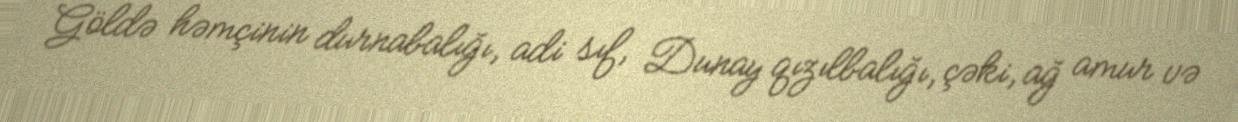
Göldə həmçinin durnabalığı, adi sıf, Dunay qızılbalığı, çəki, ağ amur və